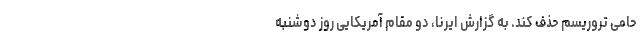
حامی تروریسم حذف کند. به گزارش ایرنا، دو مقام آمریکایی روز دوشنبه